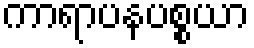
ကာရာပနပစ္စယာ